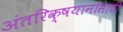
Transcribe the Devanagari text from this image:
अंतरिक्षयानांसाठी